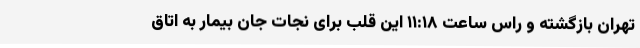
تهران بازگشته و راس ساعت ۱۱:۱۸ این قلب برای نجات جان بیمار به اتاق